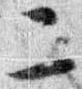
ニ